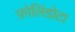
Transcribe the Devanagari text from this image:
फ़ोलिंडोटा